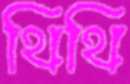
থিথি